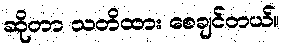
ဆိုတာ သတိထား စေချင်တယ်။